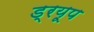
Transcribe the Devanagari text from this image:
ड्रयूप